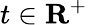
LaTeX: t\in{\mathbf{R}}^{+}